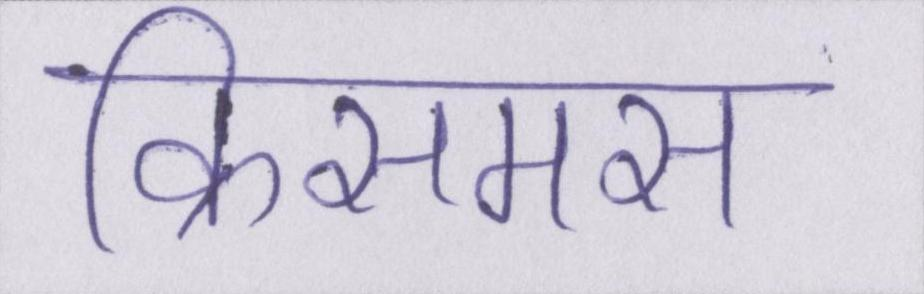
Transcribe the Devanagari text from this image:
क्रिसमस